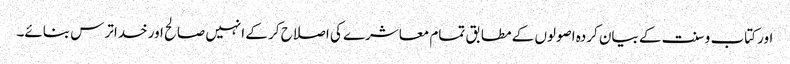
اور کتاب و سنت کے بیان کردہ اصولوں کے مطابق تمام معاشرے کی اصلاح کر کے انہیں صالح اور خداترس بنائے۔